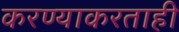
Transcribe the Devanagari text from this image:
करण्याकरताही